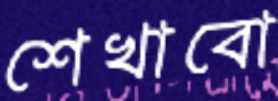
শেখাবো